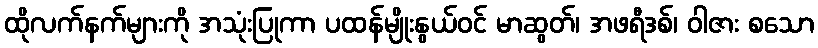
ထိုလက်နက်များကို အသုံးပြုကာ ပထန်မျိုးနွယ်ဝင် မာဆွတ်၊ အဖရီဒစ်၊ ဝါဇား စသော